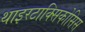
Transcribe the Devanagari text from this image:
थाइरटाक्सिकोसिस